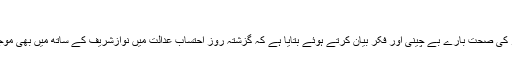
تفصیلات کے
صحافی انصار عباسی نے گزشتہ روز نواز شریف کی احتساب عدالت میں پیشی کے موقع پر کلثوم نواز کی صحت بارے بے چینی اور فکر بیان کرتے ہوئے بتایا ہے کہ گزشتہ روز احتساب عدالت میں نوازشریف کے ساتھ میں بھی موجود تھا اور سابق وزیراعظم کو ان کے معاونین نے اہلیہ کی بگڑتی ہوئی صحت کے بارے میں آگاہ کیا۔